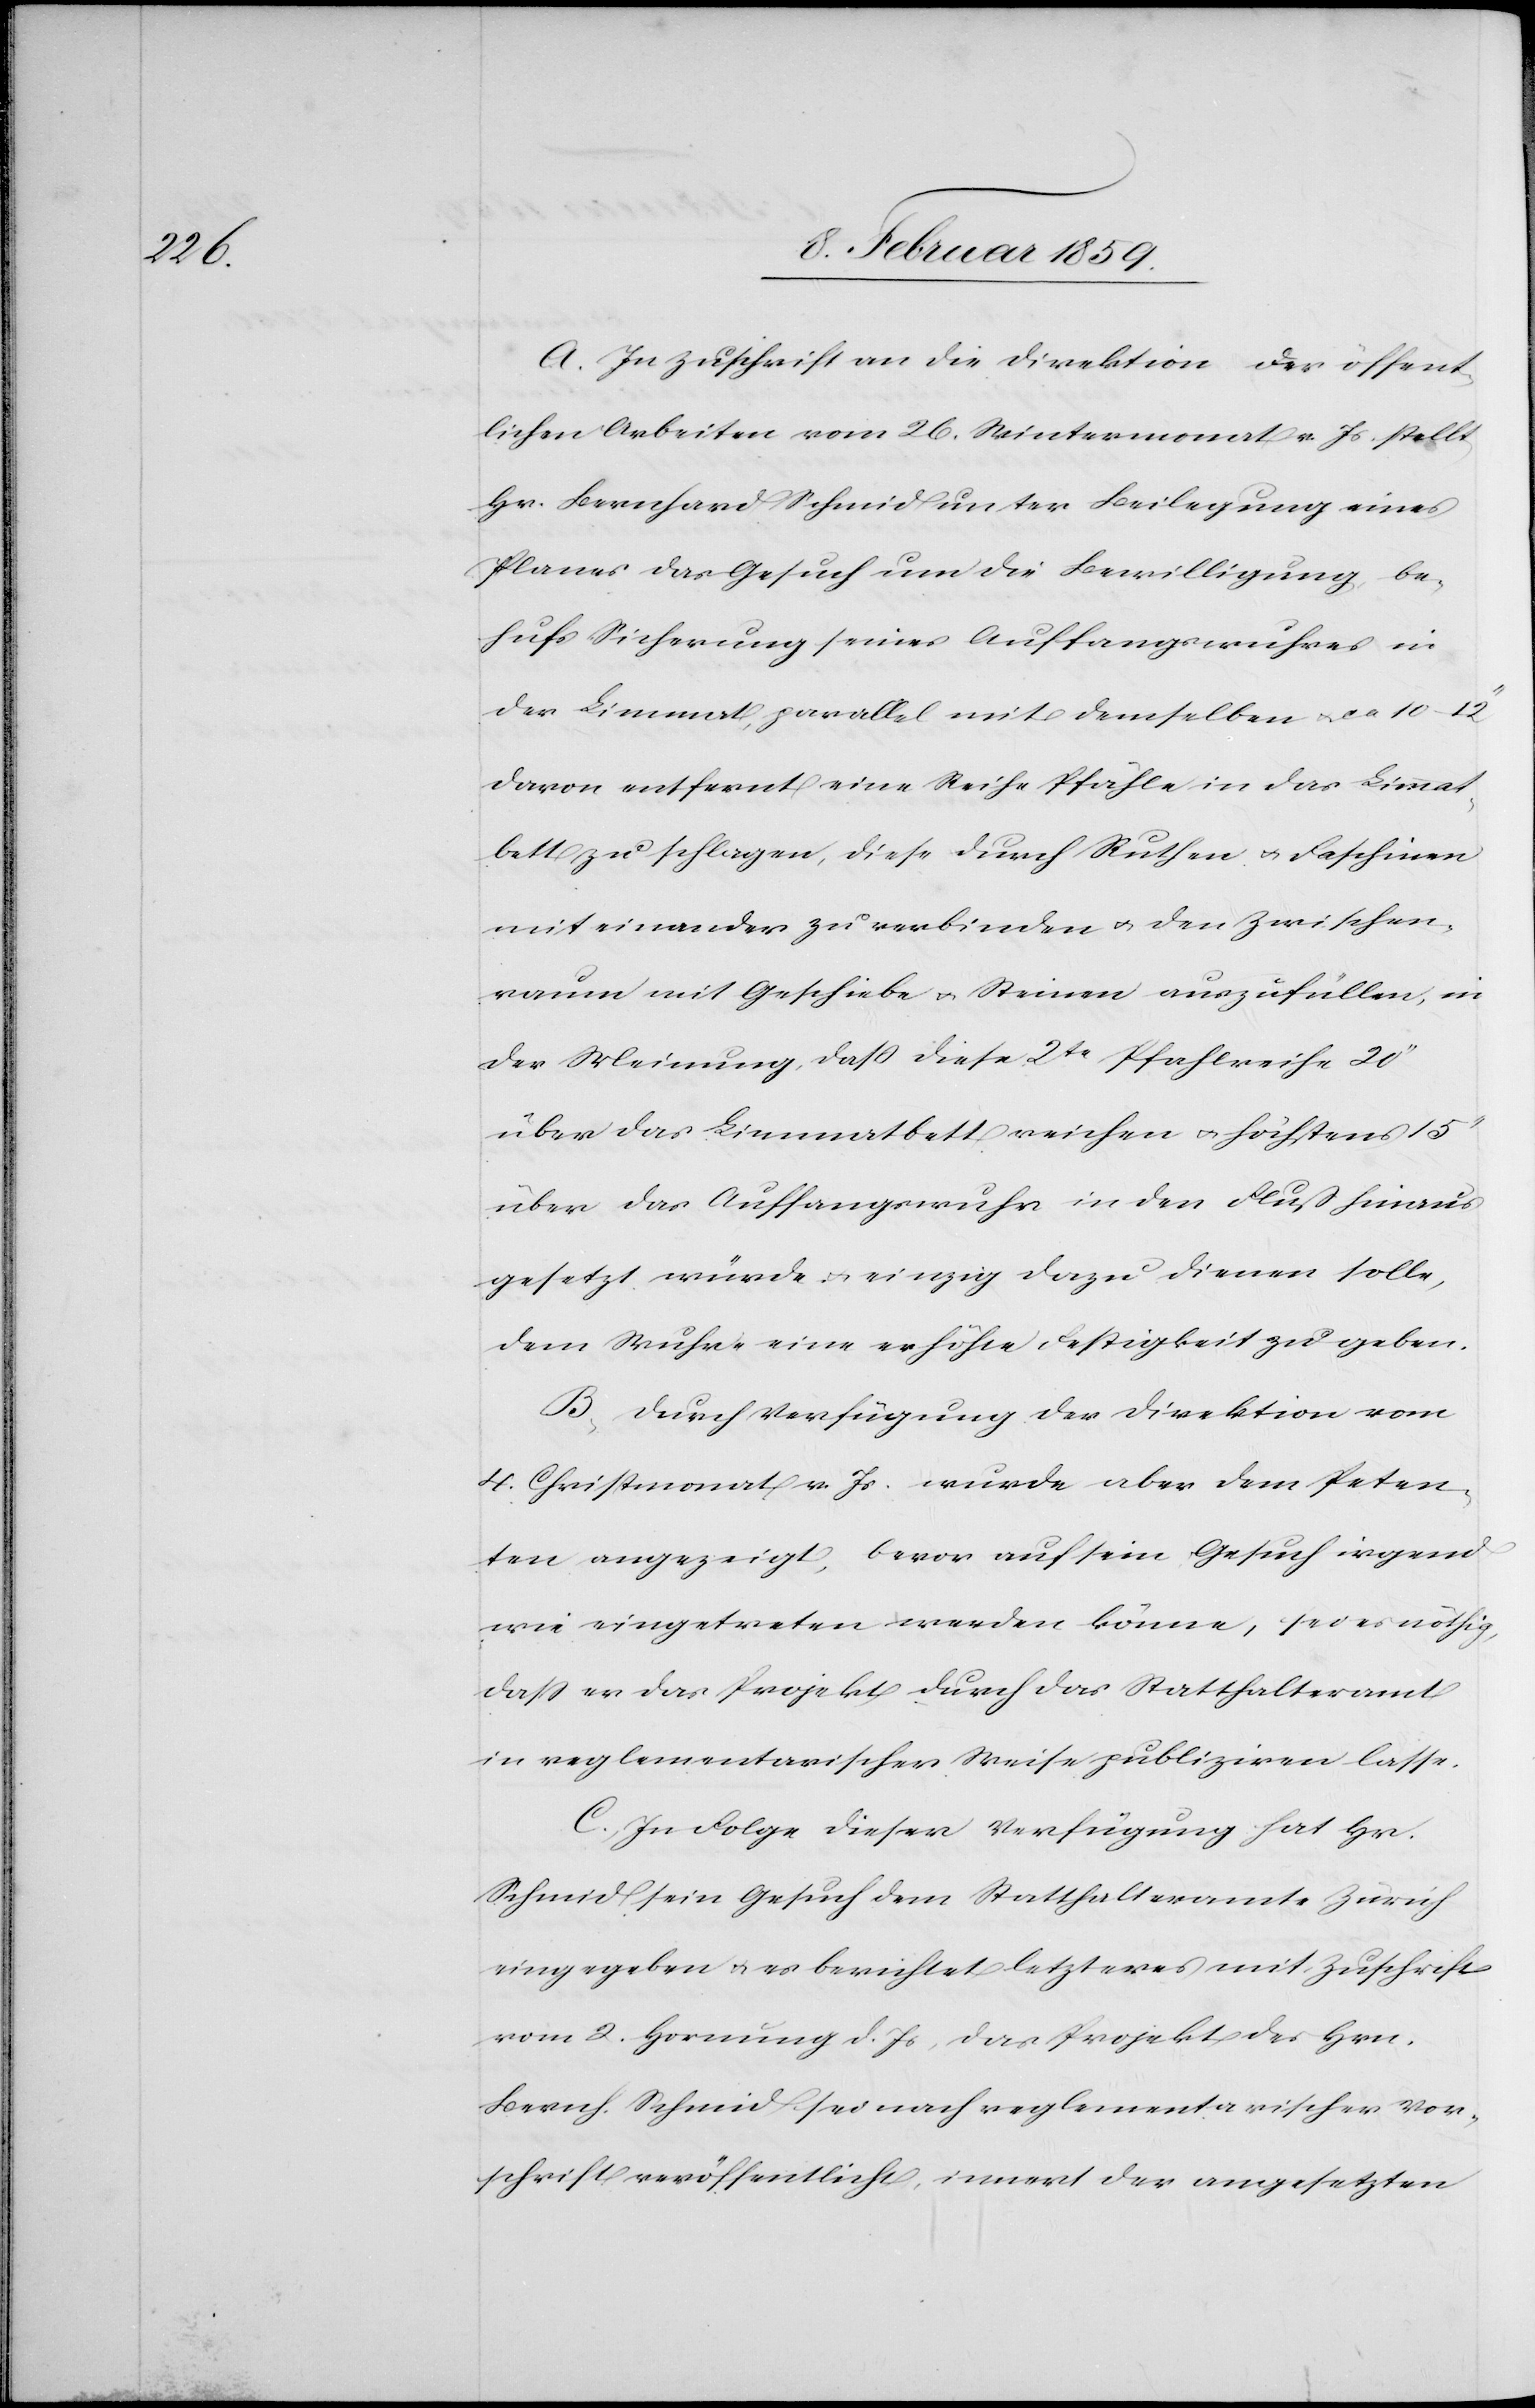
A. In Zuschrift an die Direktion der öffent¬
lichen Arbeiten vom 26. Wintermonat v. Js stellt
Hr. Bernhard Schmid unter Beilegung eines
Planes das Gesuch um die Bewilligung, be¬
hufs Sicherung seines Auffangswuhres in
der Limmat, parallel mit demselben u. ca 10–12“
davon entfernt eine Reihe Pfähle in das Limmat¬
bett zu schlagen, diese durch Ruthen u. Faschinen
mit einander zu verbinden u. den Zwischen¬
raum mit Geschiebe u. Steinen auszufüllen, in
der Meinung, daß diese 2te Pfahlreihe 20“
über das Limmatbett reichen u. höchstens 15“
über das Auffangswuhr in den Fluß hinaus
gesetzt würde u. einzig dazu dienen solle,
dem Wuhre eine erhöhte Festigkeit zu geben.
B. Durch Verfügung der Direktion vom
4. Christmonat v. Js. wurde aber dem Peten¬
ten angezeigt, bevor auf sein Gesuch irgend
wie eingetreten werden könne, sei es nöthig,
daß er das Projekt durch das Statthalteramt
in reglementarischer Weise publiziren lasse.
C. In Folge dieser Verfügung hat Hr.
Schmid sein Gesuch dem Statthalteramte Zürich
eingegeben u. es berichtet letzteres mit Zuschrift
vom 2. Hornung d. Js, das Projekt des Hrn.
Bernh. Schmid sei nach reglementarischer Vor¬
schrift veröffentlicht, innert der angesetzten